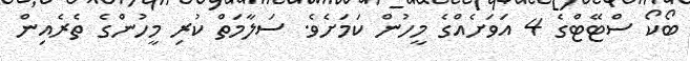
ބޯކޯ ސްޓޭޓްގެ 4 އަވަށެއްގެ މީހުން ކަމަށެވެ. ސަލާމަތް ކުރި މީހުންގެ ތެރެއިން